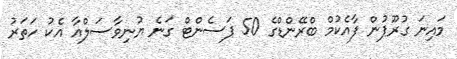
މައިނަ ގުރޫޕުން ފާއެކުމް ބްރޭންޑްގެ 50 ޕަސެންޓް ގަނެ ޔުނިވާސަލްއާ އެކު ހަތަރު